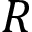
R